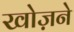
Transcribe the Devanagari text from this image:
खोज़ने